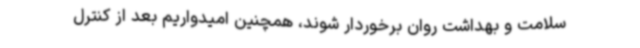
سلامت و بهداشت روان برخوردار شوند، همچنین امیدواریم بعد از کنترل